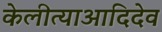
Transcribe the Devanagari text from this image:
केलीत्याआदिदेव